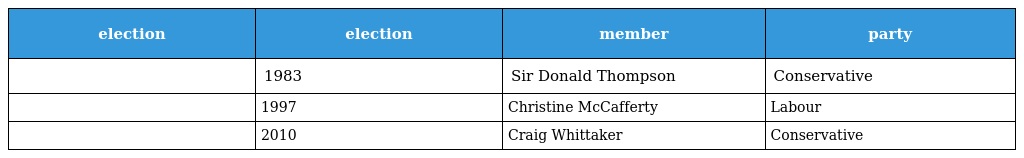
| election | election | member | party |
 | --- | --- | --- | --- |
 |  | 1983 | Sir Donald Thompson | Conservative |
 |  | 1997 | Christine McCafferty | Labour |
 |  | 2010 | Craig Whittaker | Conservative |